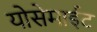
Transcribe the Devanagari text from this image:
योसेमाईट